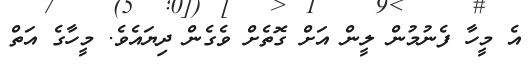
އެ މީހާ ފެނުމުން ލީން އަށް ގޮތެށް ވެގެން ދިޔައެވެ. މީހާގެ އަތް